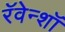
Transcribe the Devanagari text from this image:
रॅवेन्शॉ